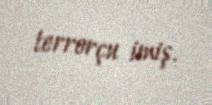
terrorçu imiş.